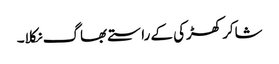
شاکر کھڑکی کے راستے بھاگ نکلا۔